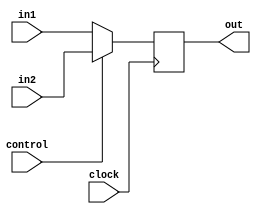
module Mux2in16b(
    input [15:0] in1,
    input [15:0] in2,
    input control,
    input clock,
    output [15:0] out
    );
always @ (posedge clock)

begin
	out = (control == 0) ? in1 : in2;
end

endmodule